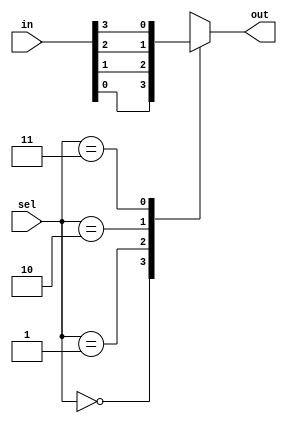
module mux4to1 (
    input [3:0] in,
    input [1:0] sel,
    output reg out
);

always @(*) begin
    case (sel)
        2'b00: out = in[0];
        2'b01: out = in[1];
        2'b10: out = in[2];
        2'b11: out = in[3];
        default: out = 1'bz; // Tri-state output
    endcase
end

endmodule